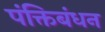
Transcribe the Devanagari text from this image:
पंक्तिबंधन